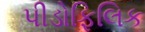
પીડોફિલિક